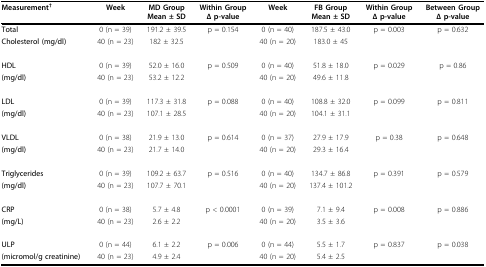
<table><thead><tr><td><b>Measurement<sup>†</sup></b></td><td><b>Week</b></td><td><b>MD Group Mean ± SD</b></td><td><b>Within Group Δ p-value</b></td><td><b>Week</b></td><td><b>FB Group Mean ± SD</b></td><td><b>Within Group Δ p-value</b></td><td><b>Between Group Δ p-value</b></td></tr></thead><tbody><tr><td><b>Total</b></td><td>0 (n = 39)</td><td>191.2 ± 39.5</td><td>p = 0.154</td><td>0 (n = 40)</td><td>187.5 ± 43.0</td><td>p = 0.003</td><td>p = 0.632</td></tr><tr><td><b>Cholesterol (mg/dl)</b></td><td>40 (n = 23)</td><td>182 ± 32.5</td><td></td><td>40 (n = 20)</td><td>183.0 ± 45</td><td></td><td></td></tr><tr><td><b>HDL </b></td><td>0 (n = 39)</td><td>52.0 ± 16.0</td><td>p = 0.509</td><td>0 (n = 40)</td><td>51.8 ± 18.0</td><td>p = 0.029</td><td>p = 0.86</td></tr><tr><td><b>(mg/dl)</b></td><td>40 (n = 23)</td><td>53.2 ± 12.2</td><td></td><td>40 (n = 20)</td><td>49.6 ± 11.8</td><td></td><td></td></tr><tr><td><b>LDL </b></td><td>0 (n = 39)</td><td>117.3 ± 31.8</td><td>p = 0.088</td><td>0 (n = 40)</td><td>108.8 ± 32.0</td><td>p = 0.099</td><td>p = 0.811</td></tr><tr><td><b>(mg/dl)</b></td><td>40 (n = 23)</td><td>107.1 ± 28.5</td><td></td><td>40 (n = 20)</td><td>104.1 ± 31.1</td><td></td><td></td></tr><tr><td><b>VLDL</b></td><td>0 (n = 38)</td><td>21.9 ± 13.0</td><td>p = 0.614</td><td>0 (n = 37)</td><td>27.9 ± 17.9</td><td>p = 0.38</td><td>p = 0.648</td></tr><tr><td><b>(mg/dl)</b></td><td>40 (n = 23)</td><td>21.7 ± 14.0</td><td></td><td>40 (n = 20)</td><td>29.3 ± 16.4</td><td></td><td></td></tr><tr><td><b>Triglycerides </b></td><td>0 (n = 39)</td><td>109.2 ± 63.7</td><td>p = 0.516</td><td>0 (n = 40)</td><td>134.7 ± 86.8</td><td>p = 0.391</td><td>p = 0.579</td></tr><tr><td><b>(mg/dl)</b></td><td>40 (n = 23)</td><td>107.7 ± 70.1</td><td></td><td>40 (n = 20)</td><td>137.4 ± 101.2</td><td></td><td></td></tr><tr><td><b>CRP</b></td><td>0 (n = 38)</td><td>5.7 ± 4.8</td><td>p &lt; 0.0001</td><td>0 (n = 39)</td><td>7.1 ± 9.4</td><td>p = 0.008</td><td>p = 0.886</td></tr><tr><td><b>(mg/L)</b></td><td>40 (n = 23)</td><td>2.6 ± 2.2</td><td></td><td>40 (n = 20)</td><td>3.5 ± 3.6</td><td></td><td></td></tr><tr><td><b>ULP </b></td><td>0 (n = 44)</td><td>6.1 ± 2.2</td><td>p = 0.006</td><td>0 (n = 44)</td><td>5.5 ± 1.7</td><td>p = 0.837</td><td>p = 0.038</td></tr><tr><td><b>(micromol/g creatinine)</b></td><td>40 (n = 23)</td><td>4.9 ± 2.4</td><td></td><td>40 (n = 20)</td><td>5.4 ± 2.5</td><td></td><td></td></tr></tbody></table>